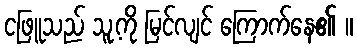
ငဖြူသည် သူ့ကို မြင်လျင် ကြောက်နေ၏ ။